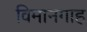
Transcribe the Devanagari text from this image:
विमानगाह